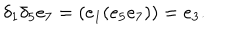
LaTeX: \delta _ { 1 } \delta _ { 5 } e _ { 7 } = ( e _ { 1 } ( e _ { 5 } e _ { 7 } ) ) = e _ { 3 } .